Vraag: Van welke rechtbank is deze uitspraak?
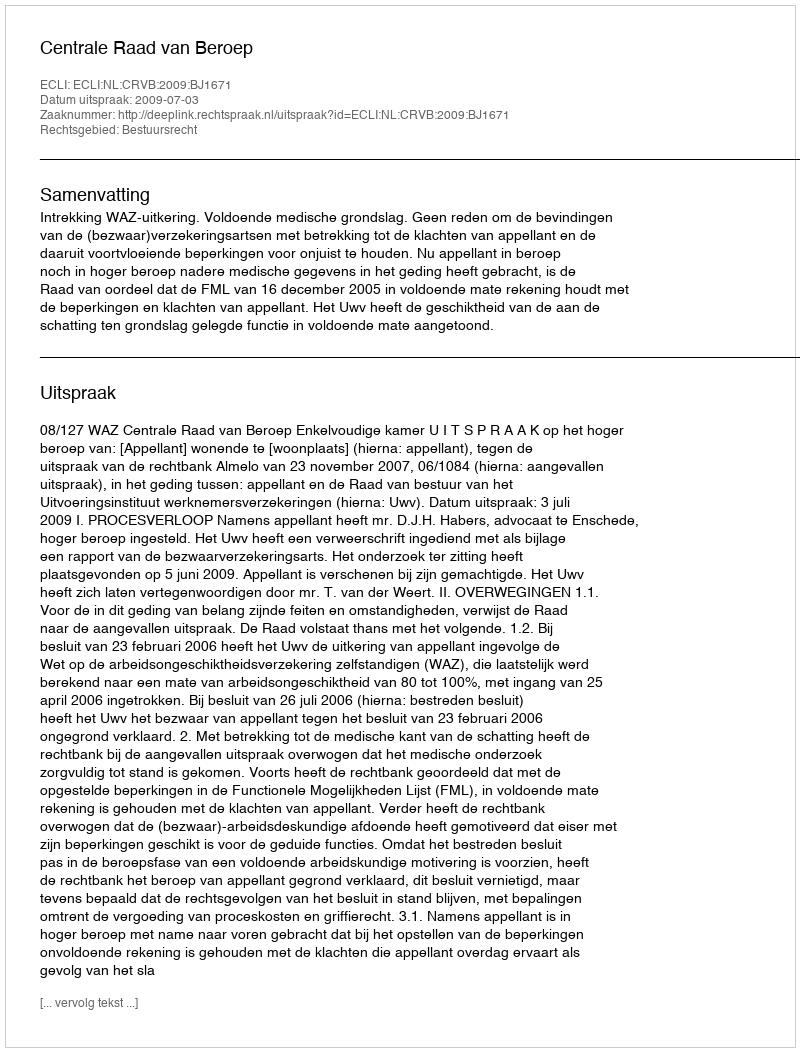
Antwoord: Centrale Raad van Beroep